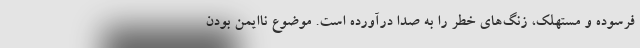
فرسوده و مستهلک، زنگ‌های خطر را به صدا درآورده است. موضوع ناایمن بودن